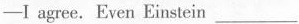
—— I agree.Even Einstein ___